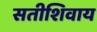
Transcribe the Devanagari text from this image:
सतीशिवाय